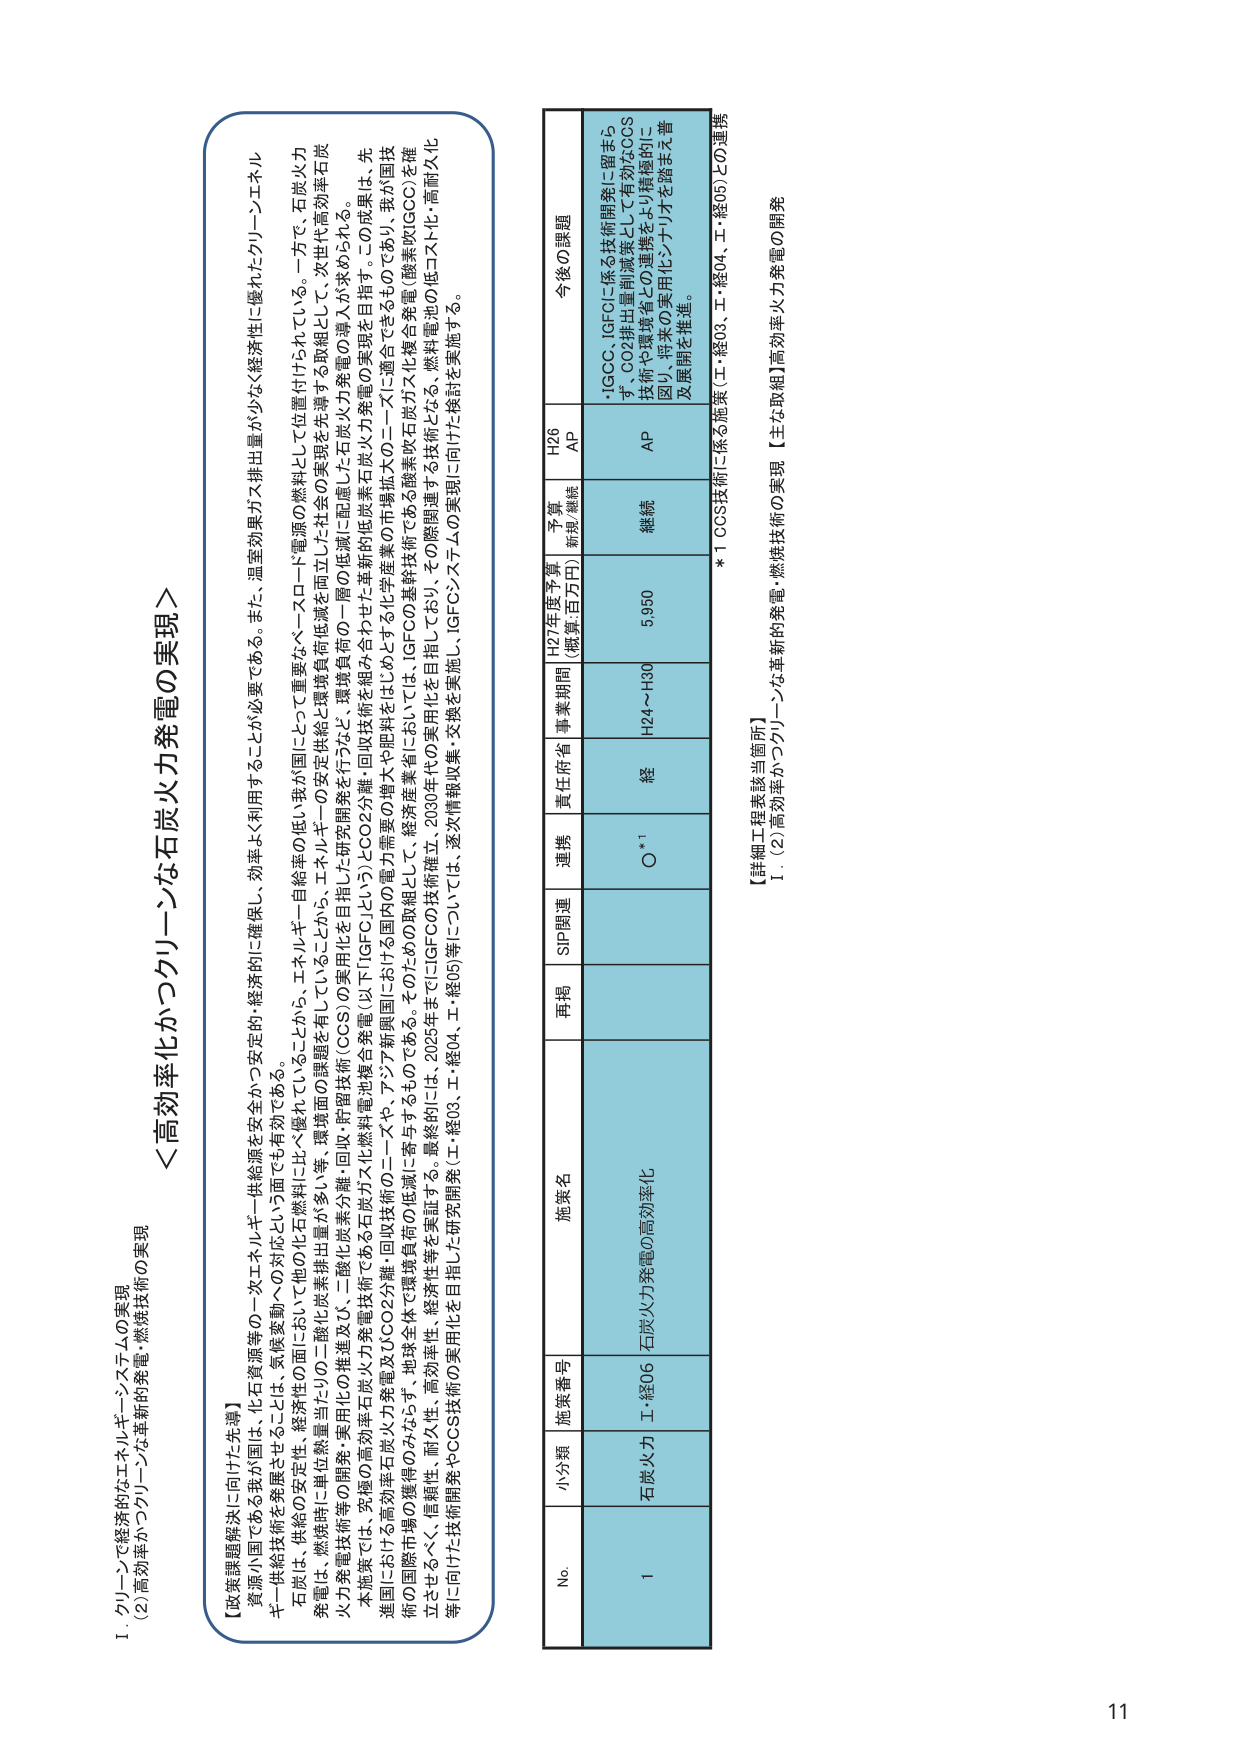
I. クリーンで経済的なエネルギー・システムの実現
(2) 高効率かつクリーンな革新的発電・燃焼技術の実現

＜高効率化かつクリーンな石炭火力発電の実現＞

【政策課題解決に向けた先導】
資源小国である我が国にとっては、気候変動への対応という面でも有効である。
石炭は、供給の安定性、経済性の面において他の化石燃料に比べ優れていることから、エネルギー自給率の低い我が国にとって重要なベースロード電源の燃料として位置付けられている。一方で、石炭火力発電は、燃焼時に単位熱量当たりの二酸化炭素排出量が多いため、環境面の課題を有していることから、エネルギーの安定供給と環境負荷低減を両立した社会の実現を先導する取組として、次世代高効率石炭火力発電技術の開発・実用化の推進及び、二酸化炭素分離・回収・貯留技術（CCS）の実用化を目指した研究開発を行うなど、環境負荷の一種の低減した石炭火力発電の導入が求められる。
本施策では、究極の高効率石炭火力発電技術である石炭ガス化燃料電池複合発電（以下「IGFC」という）とCO2分離・回収技術を組み合わせた革新的低炭素石炭火力発電の実現を目指す。この成果は、先進国における高効率石炭火力発電及びCO2分離・回収技術のニーズや、アジア新興国における国内の電力需要の増大や肥料産業における化学製品のニーズに適合できるものであり、我が国技術の国際市場での展開がみ込まれる。地球全体で環境負荷の低減に寄与するものである。そのための取組としては、IGFCの基幹技術である酸素吹き炭ガス化複合発電（酸素吹きIGCC）を確立するべく、信頼性、耐久性、高効率性、経済性等を実証する。最終的には、2025年までにIGFCの技術確立、2030年への実用化を目指しており、その際関連する技術となる、燃料電池の低コスト化・高耐久化等に向けた技術開発やCCS技術の実用化を目指した研究開発（工・経03、工・経04、工・経05）等については、逐次情報収集・交換を実施し、IGFCシステムの実現に向けた検討を実施する。

No. 小分類 施策番号 施策名 再掲 SIP関連 連携 責任府省 事業期間 H27年度予算 （概算:百万円） 予算 新規/継続 H26 AP 今後の課題
1 石炭火力 工・経06 石炭火力発電の高効率化 O*1 経 H24～H30 5,950 継続 AP ・IGCC、IGFCに係る技術開発に留まらず、CO2排出量削減策として有効なCCS技術や環境省との連携をより積極的に図り、将来の実用化シナリオを踏まえ普及展開を推進。

*1 CCS技術に係る施策（工・経03、工・経04、工・経05）との連携

【詳細工程表該当箇所】
1. (2) 高効率かつクリーンな革新的発電・燃焼技術の実現 【主な取組】高効率火力発電の開発

11